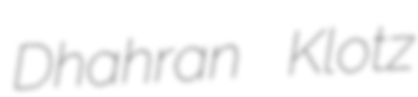
Dhahran Klotz